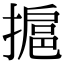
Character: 㨭